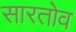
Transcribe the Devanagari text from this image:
सारतोव